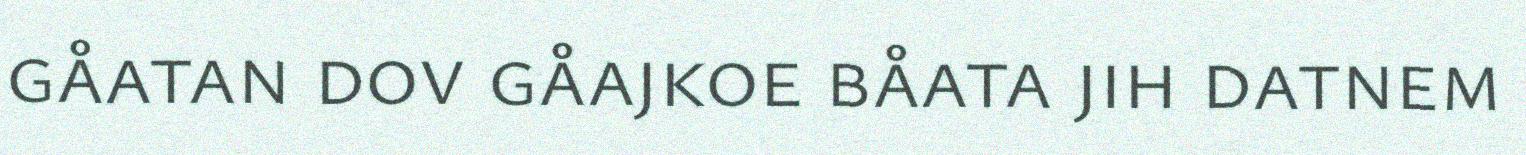
gåatan dov gåajkoe båata jih datnem